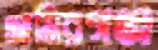
আমিরগঞ্জ